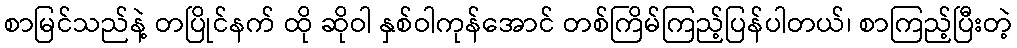
စာမြင်သည်နဲ့ တပြိုင်နက် ထို ဆိုဝါ နှစ်ဝါကုန်အောင် တစ်ကြိမ်ကြည့်ပြန်ပါတယ်၊ စာကြည့်ပြီးတဲ့